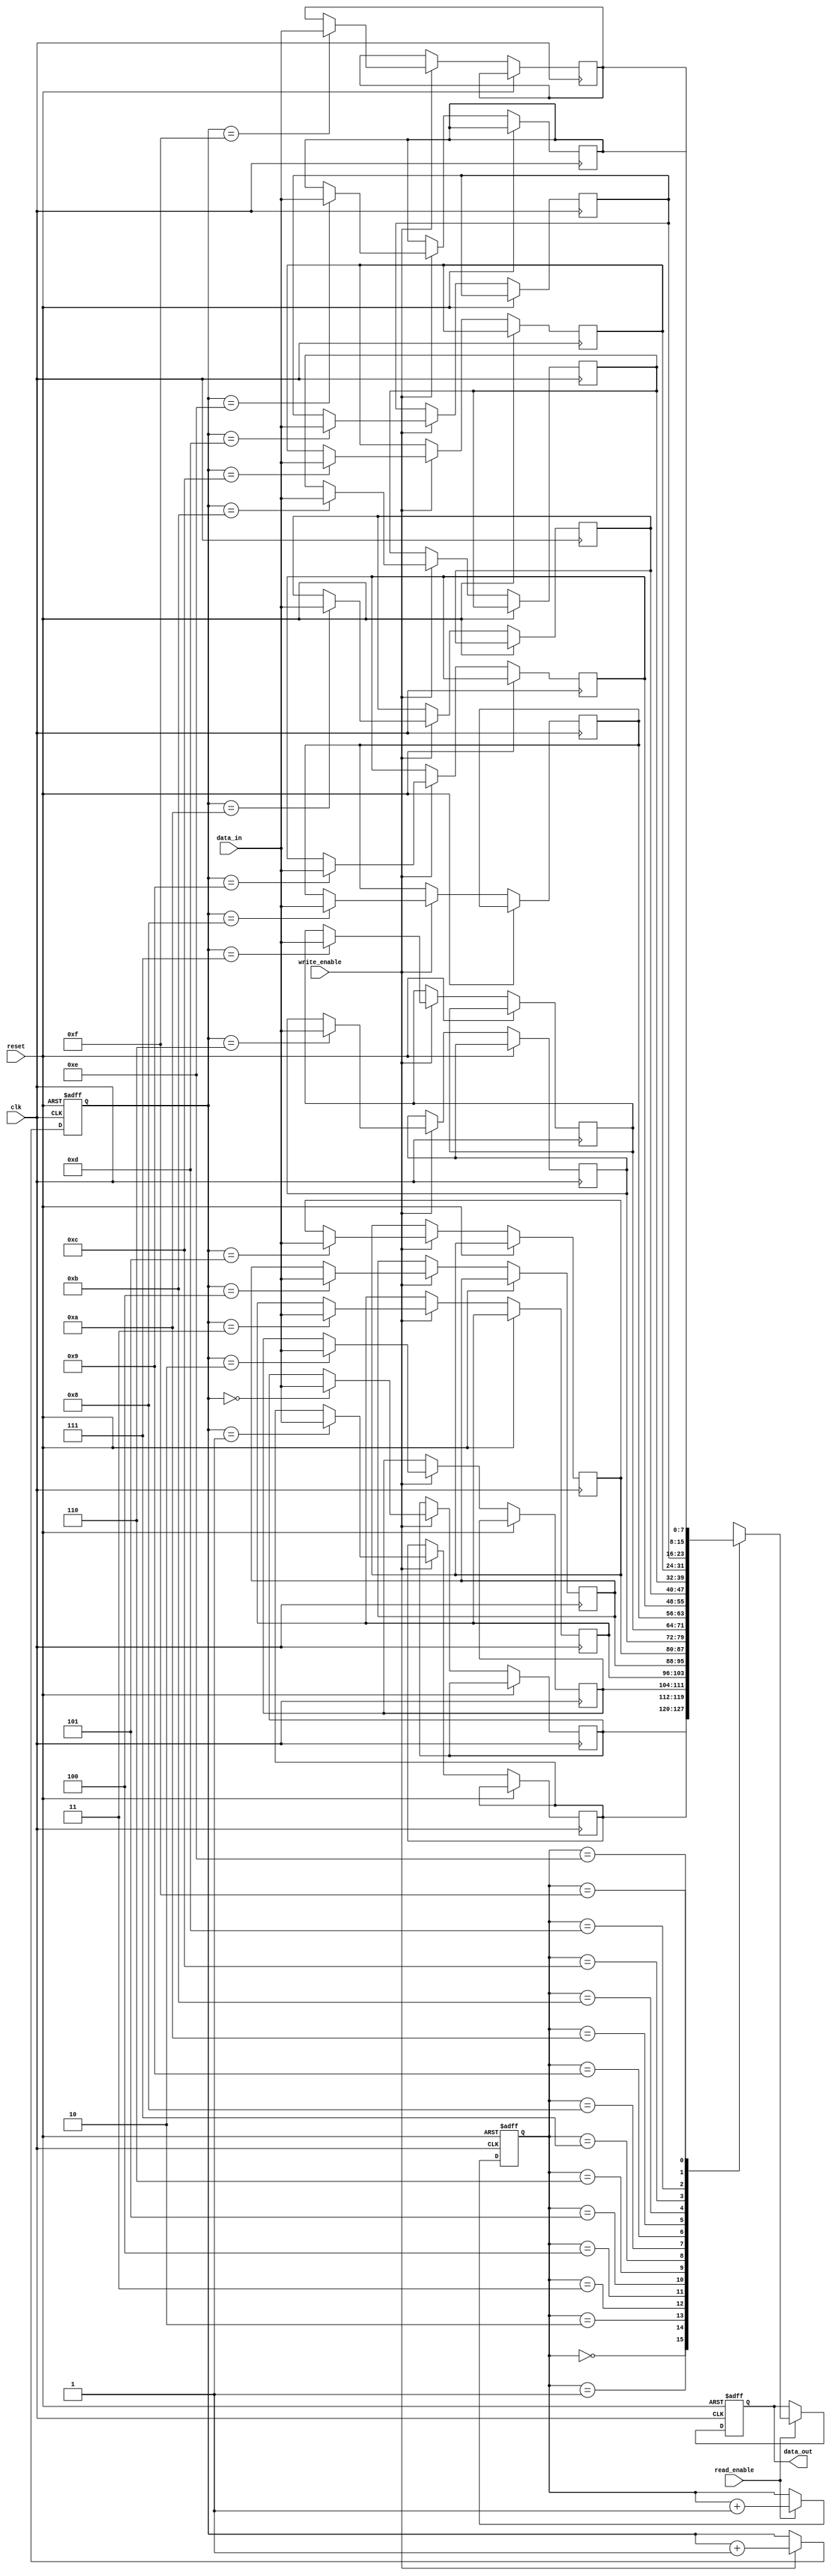
module fifo_buffer (
    input wire clk,
    input wire reset,
    input wire write_enable,
    input wire read_enable,
    input wire [7:0] data_in,
    output reg [7:0] data_out
);

parameter DEPTH = 16;
reg [7:0] fifo_buffer [0:DEPTH-1];
reg [3:0] write_ptr = 4'd0;
reg [3:0] read_ptr = 4'd0;

always @(posedge clk or posedge reset) begin
    if (reset) begin
        write_ptr <= 4'd0;
        read_ptr <= 4'd0;
        data_out <= 8'd0;
    end else begin
        if (write_enable) begin
            fifo_buffer[write_ptr] <= data_in;
            write_ptr <= write_ptr + 1;
        end
        if (read_enable) begin
            data_out <= fifo_buffer[read_ptr];
            read_ptr <= read_ptr + 1;
        end
    end
end

endmodule